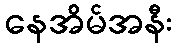
နေအိမ်အနီး